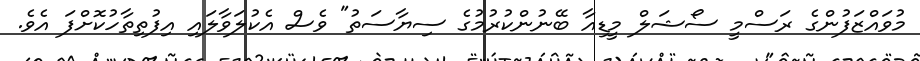
މުވައްޒަފުންގެ ރަސްމީ ސޯޝަލް މީޑިއާ ބޭނުންކުރުމުގެ ސިޔާސަތު" ވެސް އެކުލަވާލައި އިފުތިތާހުކޮށްފަ އެވެ.